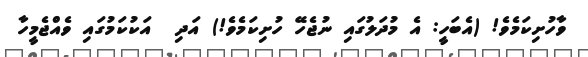
ވާހުށިކަމެވެ! (އެބަހީ: އެ މުދަލުގައި ނުޖެހޭ ހުށިކަމެވެ!) އަދި  އަކުކަމުގައި ވެއްޖެމީހާ